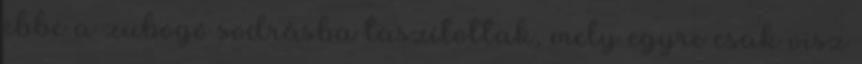
ebbe a zubogó sodrásba taszítottak, mely egyre csak visz